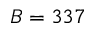
B = 3 3 7